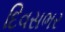
દિવસભર